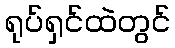
ရုပ်ရှင်ထဲတွင်